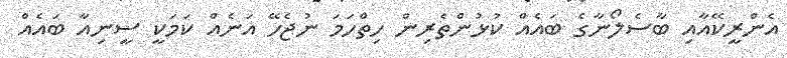
އެންރީކޭއާއި ބާސެލޯނާގެ ބައެއް ކުޅުންތެރިން ހިތްހަމަ ނުޖެހޭ އަނެއް ކަމަކީ ސީނިއާ ބައެއް